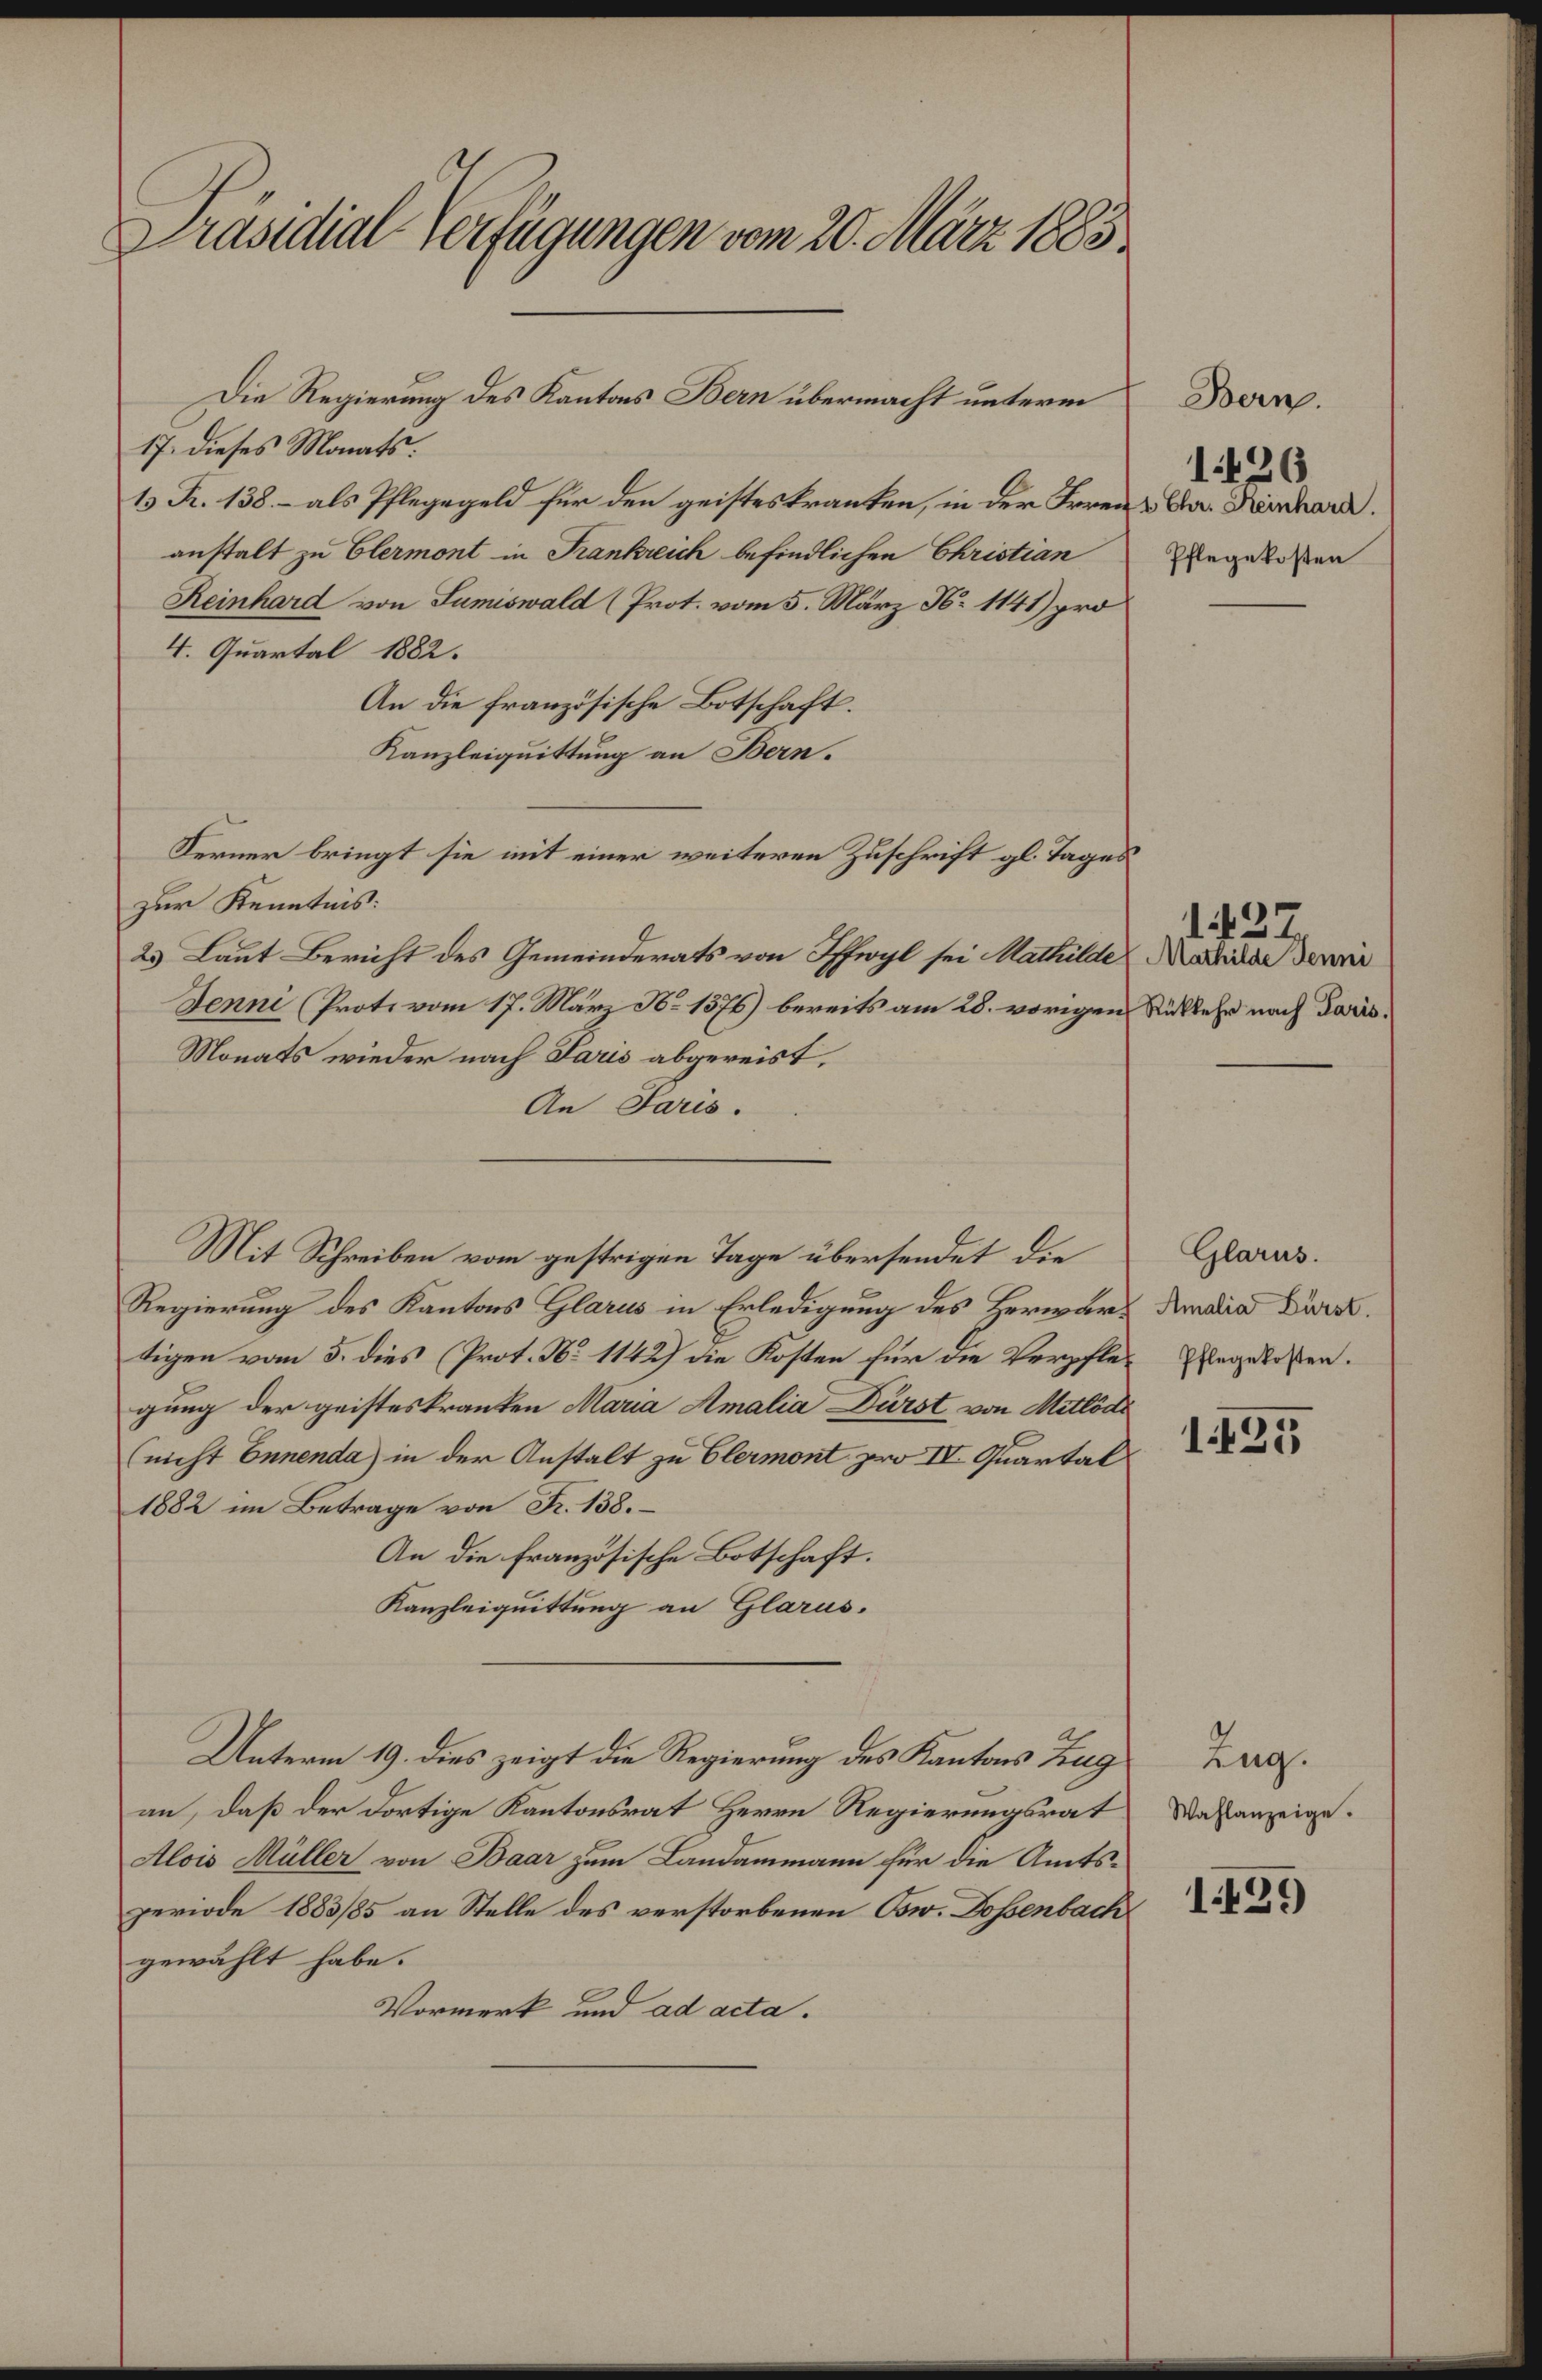
Präsidial-Verfügungen vom 20. März 1883

Die Regierung des Kantons Bern übermacht unterm
17. dieses Monats.
13 Fr. 138. – als Pflegegeld für den geisteskranken, in der Irren & der Kirchard.
anstalt zu Clermont in Frankreich befindlichen Christian
Reinhard von Sumiswald (Prot. vom 5. März N. 1141) pro
4. Quartal 1882.
An die französische Botschaft.
Kanzleiquittung an Bern.
Ferner bringt sie mit einer weiteren Zuschrift gl. Tages
zur Kenntnis:
2. Laut Bericht des Gemeinderats von Iffwyl sei Mathilde
Jenni (Prote vom 17. März No 1576) bereits am 28. vorigen
Monats wieder nach Paris abgereist.
An Paris.
Mit Schreiben vom gestrigen Tage übersendet die
Regierung des Kantons Glarus in Erledigung des Herwärtigen vom 5. dies (Prot. No 1142) die Kosten für die Verpflegung der geisteskranken Maria Amalia Dürst von Mitlöde
(nicht Ennenda) in der Anstalt zu Clermont pro IV. Quartal
1882 im Betrage von Fr. 138.
An die französische Botschaft.
Kanzleiquittung an Glarus.
Unterm 19. dies zeigt die Regierung des Kantons Zug
an, daß der dortige Kantonsrat Herrn Regierungsrat
Alois Müller von Baar zum Landammann für die Amts-
periode 1883/85 an Stelle des verstorbenen Osw. Dossenbach
gewählt habe.
Vormerk und ad acta.

Bern.
Pflegekosten

1426

1437
Mathilde Jenni
Rükkehr nach Paris.

Glarus.
Amalia Fürst.
Pflegekosten.

1425

Zug.
Wahlanzeige.

1439